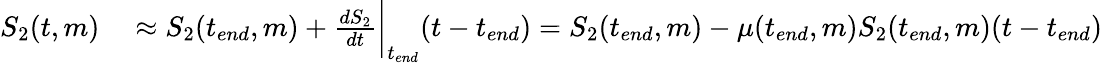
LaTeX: \begin{array}{rl}{S_{2}(t,m)}&{{}\approx S_{2}(t_{end},m)+\frac{dS_{2}}{dt}\bigg|_{t_{end}}(t-t_{end})=S_{2}(t_{end},m)-\mu(t_{end},m)S_{2}(t_{end},m)(t-t_{end})}\end{array}